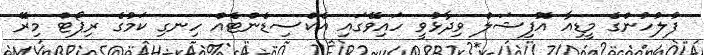
ފުލުހުންގެ މީޑިއާ އޮފިޝަލް ވިދާޅުވީ ހައިވޭގައި އެކްސިޑެންޓެއް ހިނގި ކަމުގެ ރިޕޯޓް މިރޭ